Indian journal of veterinary science and animal husbandry - Volume 6,
Year: 1936
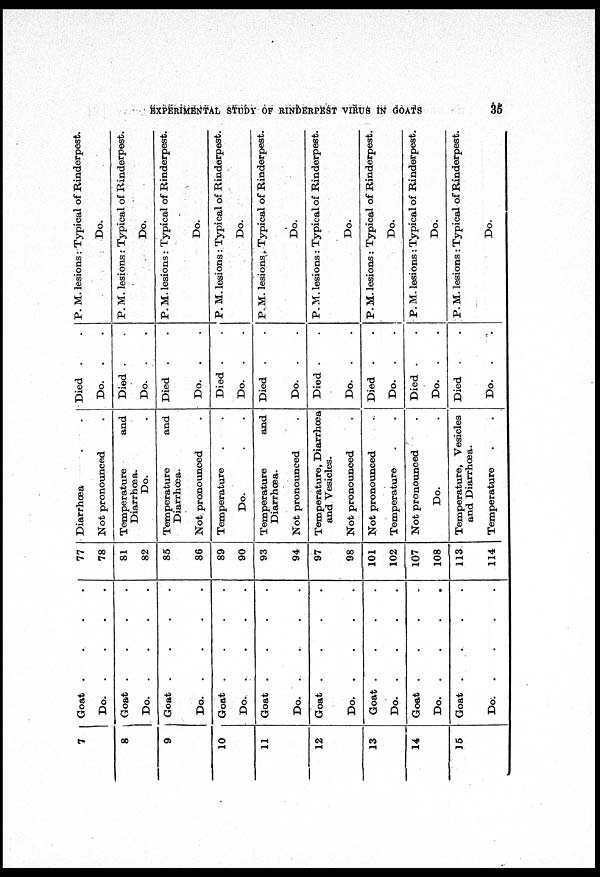
EXPERIMENTAL STUDY OF RINDERPEST VIRUS IN
GOATS
35
7
8
9
10
11
12
13
14
15
Goat . . . .
Do.
.
.
.
.
Goat
.
.
.
.
Do.
.
.
.
.
Goat
.
.
.
.
Do.
.
.
.
.
Goat
.
.
.
.
Do.
.
.
.
.
Goat
.
.
.
.
Do.
.
.
.
.
Goat
.
.
.
.
Do.
.
.
.
.
Goat
.
.
.
.
Do.
.
.
.
.
Goat
.
.
.
.
Do.
.
.
.
.
Goat
.
.
.
.
Do.
.
.
.
.
77
78
81
82
85
86
89
90
93
94
97
98
101
102
107
108
113
114
Diarrhœa
.
.
Not pronounced
.
Temperature and
Diarrhœa.
Do.
.
Temperature and
Diarrhœa.
Not pronounced
.
Temperature . .
Do.
.
.
Temperature and
Diarrhœa.
Not pronounced .
Temperature, Diarrhœa
and Vesicles.
Not pronounced .
Not pronounced .
Temperature . .
Not pronounced .
Do. .
Temperature, Vesicles
and Diarrhœa.
Temperature
.
.
Died . .
Do. . .
Died . .
Do. . .
Died . .
Do. . .
Died . .
Do. . .
Died . .
Do. . .
Died . .
Do. . .
Died . .
Do. . .
Died . .
Do. . .
Died . .
Do. . .
P. M. lesions: Typical of Rinderpest.
Do.
P. M. lesions: Typical of Rinderpest.
Do.
P. M. lesions : Typical of Rinderpest.
Do.
P. M. lesions : Typical of Rinderpest.
Do.
P. M. lesions : Typical of Rinderpest.
Do.
P. M. lesions : Typical of Rinderpest.
Do.
P. M. lesions : Typical of Rinderpest.
Do.
P. M. lesions : Typical of Rinderpest.
Do.
P. M. lesions : Typical of Rinderpest.
Do.